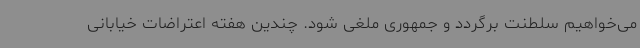
می‌خواهیم سلطنت برگردد و جمهوری ملغی شود. چندین هفته اعتراضات خیابانی